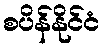
စပိန်နိုင်ငံ